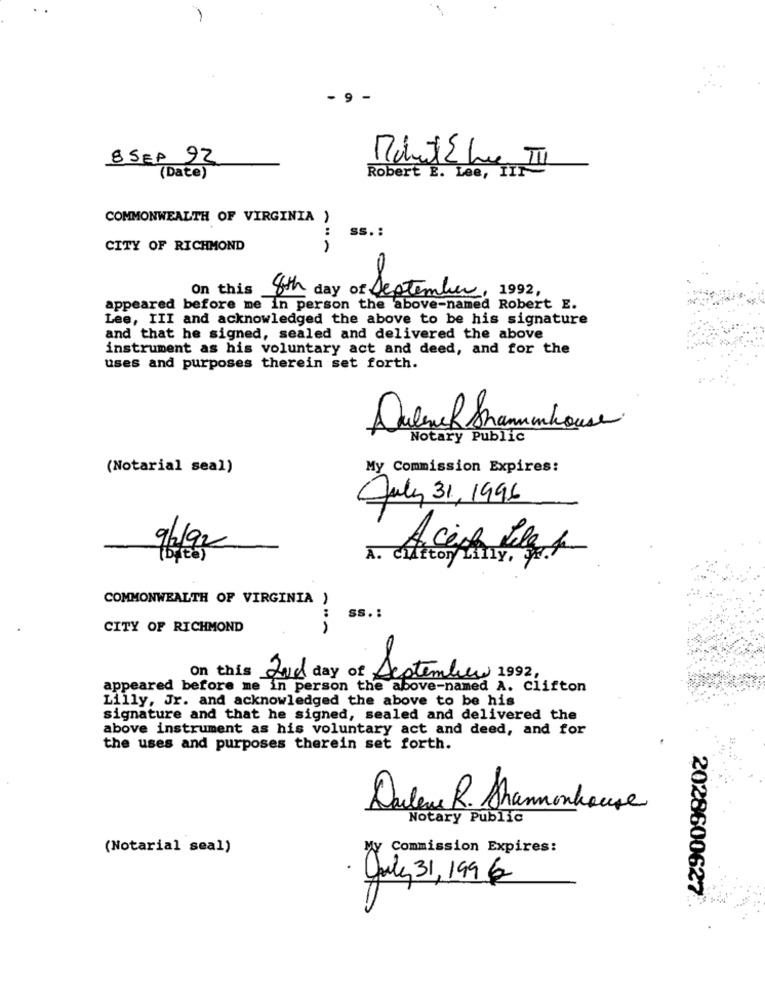
9 -
8 SEP 92
(Date)
Robert E. Lee, II]
COMMONWEALTH OF VIRGINIA )
:
SS. :
CITY OF RICHMOND
On this
8th day of September, 1992,
appeared before me in person the above-named Robert E.
Lee, III and acknowledged the above to be his signature
and that he signed, sealed and delivered the above
instrument as his voluntary act and deed, and for the
uses and purposes therein set forth.
Dubench Shammhouse
Notary Public
(Notarial seal)
My Commission Expires:
July 31, 1996
9/92
A. ciltton Liny, S.
COMMONWEALTH OF VIRGINIA )
:
SS .:
CITY OF RICHMOND
On this And day of Scotember 1992,
appeared before me in person the above-named A. Clifton
Lilly, Jr. and acknowledged the above to be his
signature and that he signed, sealed and delivered the
above instrument as his voluntary act and deed, and for
the uses and purposes therein set forth.
Darlene R. Shannonhouse
Notary Public
(Notarial seal)
Commission Expires:
July 31,199 €
2028600627